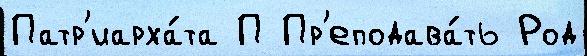
Патр'иарха́та П Пр'еподава́ть Род